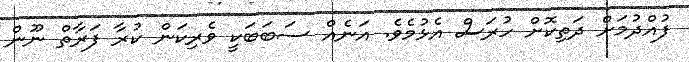
ފުއްދުމަށް ދަތިކޮށް ހުރަސް އެޅުމެވެ. އަނެއް ސަބަބަކީ ވެރިކަން ކުރާ ފަރާތް ނޫން